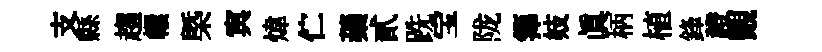
支縣趨轘槩㝠煒伫蘃貳跣宝陇籜妓真柄植鋒證覿